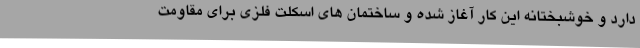
دارد و خوشبختانه این کار آغاز شده و ساختمان های اسکلت فلزی برای مقاومت